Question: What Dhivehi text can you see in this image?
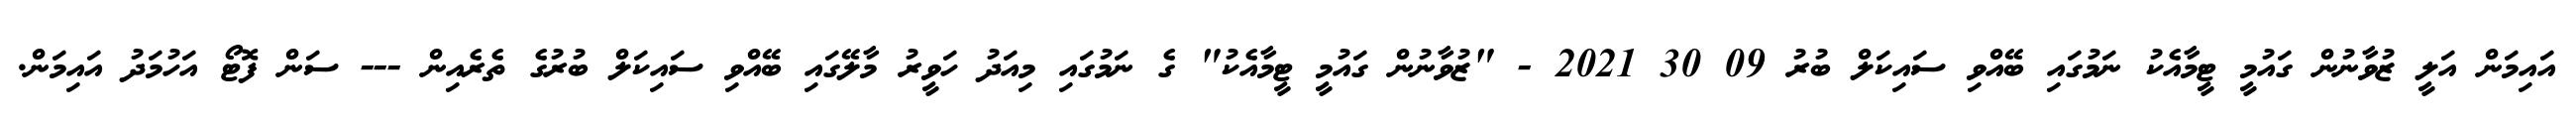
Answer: އައިމަން އަލީ ޒުވާނުން ގައުމީ ޓީމާއެކު ނަމުގައި ބޭއްވި ސައިކަލް ބުރު 09 30 2021 - "ޒުވާނުން ގައުމީ ޓީމާއެކު" ގެ ނަމުގައި މިއަދު ހަވީރު މާލޭގައި ބޭއްވި ސައިކަލް ބުރުގެ ތެރެއިން --- ސަން ފޮޓޯ އަހުމަދު އައިމަން.